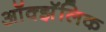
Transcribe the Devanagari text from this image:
ऑक्झॅलिक